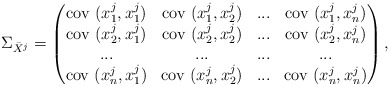
\begin{align*}\Sigma_{\bar{X}^j} = \begin{pmatrix} \mbox{cov } (x_1^j,x_1 ^j) & \mbox{cov } (x_1^j,x_2 ^j) & ... &\mbox{cov } (x_1^j,x_n ^j) \\ \mbox{cov } (x_2^j,x_1 ^j) & \mbox{cov } (x_2^j,x_2 ^j) & ... &\mbox{cov } (x_2^j,x_n ^j) \\ ... & ... & ... &... \\ \mbox{cov } (x_n^j,x_1 ^j) & \mbox{cov } (x_n^j,x_2 ^j) & ... &\mbox{cov } (x_n^j,x_n ^j) \end{pmatrix},\end{align*}